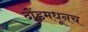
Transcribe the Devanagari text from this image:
दौंडमधूनच